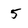
Character: 5